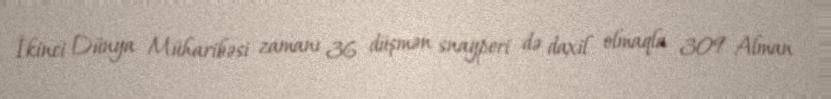
İkinci Dünya Müharibəsi zamanı 36 düşmən snayperi də daxil olmaqla 309 Alman